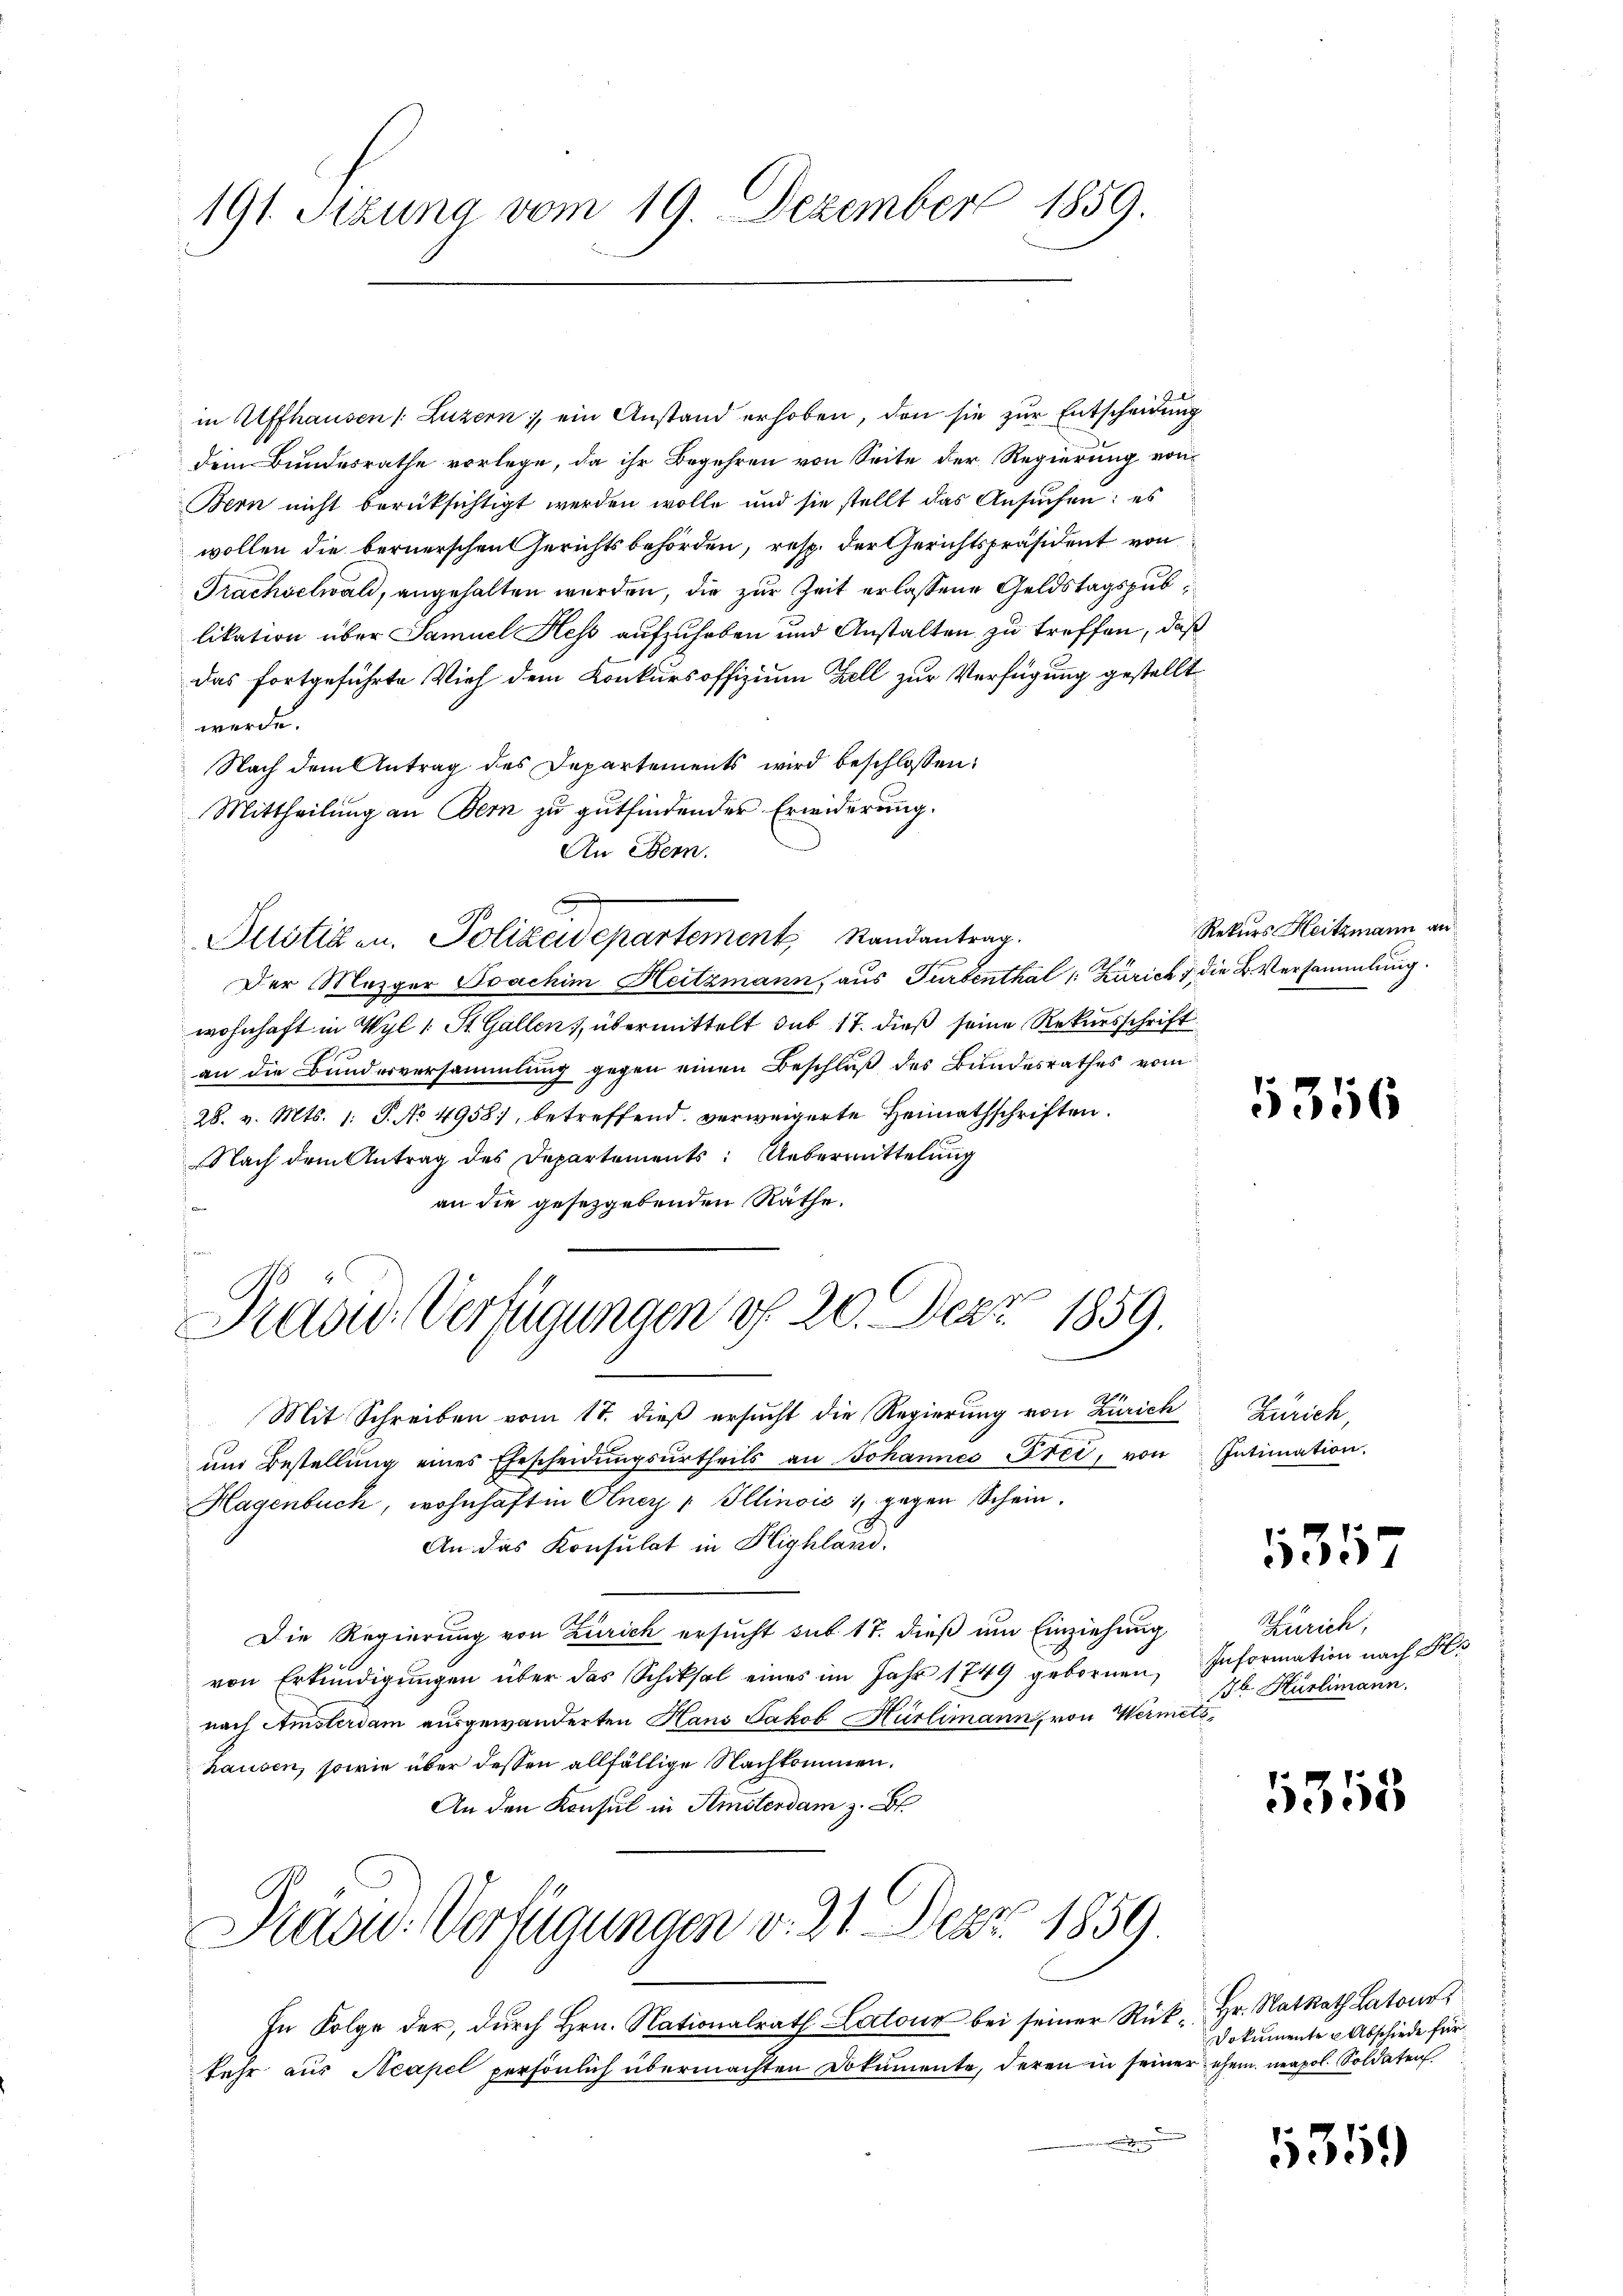
191. Sitzung vom 19. Dezember 1859.

in Affhausen /: Luzern, ein Anstand erhoben, den sie zur Entscheidung
dem Bundesrathe vorlege, da ihr Begehren von Seite der Regierung von
Bern nicht berüksichtigt werden wolle und sie stellt das Ansuchen: es
wollen die bernerschen Gerichts behörden, resp. der Gerichtspräsident von
Frachselwald, angehalten werden, die zur Zeit erlassene Geldstagspublikation über Samuel Hess aufzuheben und Anstalten zu treffen, daß
das fortgeführte Vieh dem Conkursoffizium Zell zur Verfügung gestellt
werde.
Nach dem Antrag des Departements wird beschlossen:
Mittheilung an Bern zu gutfindender Erwiderung.
An ebenn.
A
Altötigen. Polizeidepartement, Randantrag
Der Mezger Joachim Heitzmann, aus Turbenthal Zürich & die B. Versammlung.
wohnhaft in Wyl 1 St. Gallen, übermittelt das 17. dieß seine Rekursschrift
an die Bunderversammlung gegen einen Beschluß des Bundesrathes vom
28. v. Mts. 1. P. No 4958), betreffend verweigerte Heimathschriften.
Nach dem Antrag des Departements: Uebermittelung
an die gesetzgebenden Räthe.

Präsid.- Verfügungen v. 20. Dez. 1859.

Rekurs Heitzmann an

Mit Schreiben vom 17. dieβ ersŭcht die Regierŭng von Zürich Zürich,
und Bestellung eines Ehescheidungsurtheils an Johannes Frei, von
Hagenbuch, wohnhaft in Olner „Illinois 1, gegen Schein.
An das Konsulat in Highland.
Die Regierung von Zürich ersucht sub 17. dieß um Einziehung
von Erkŭndigŭngen über das Schiksal eines im Jahr 1749 gebornen Information nach H
nach Amsterdam ausgewanderten Hans Jakob Hürlimann, von Wermetshausen, sowie über dessen allfällige Nachkommen.
An den Konsul in Amsterdam z. B.
Präsid.- Verfügungen v. 21. Der 1859.
In Folge der, durch Hrn. Nationalrath Lodon bei seiner Rück- Hr. Natrath Laton
fehr aus Neapel persönlich übermachten Dokumente, deren in seiner ehem. neapol. Soldaten.

5356

Intimation.

535

Zürich,
Jb. Hürlimann.

1358

5359

Dokumente u Abschiede für